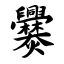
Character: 爨